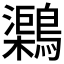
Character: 𪆂